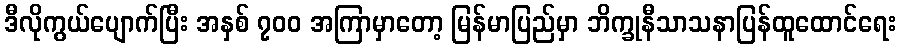
ဒီလိုကွယ်ပျောက်ပြီး အနှစ် ၇၀၀ အကြာမှာတော့ မြန်မာပြည်မှာ ဘိက္ခုနီသာသနာပြန်ထူထောင်ရေး